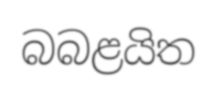
බබළයිත